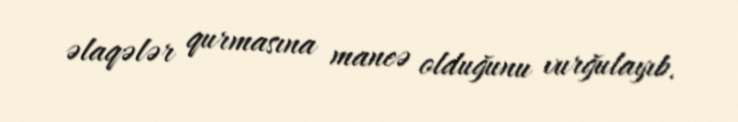
əlaqələr qurmasına maneə olduğunu vurğulayıb.